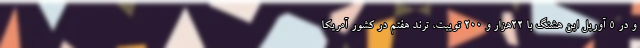
و در 5 آوریل این هشتگ با 22هزار و 200 توییت، ترند هفتم در کشور آمریکا